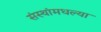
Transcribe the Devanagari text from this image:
संस्थांमधल्या